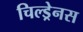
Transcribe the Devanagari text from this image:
चिल्ड्रेनस